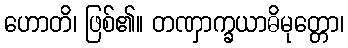
ဟောတိ၊ ဖြစ်၏။ တဏှာက္ခယာဓိမုတ္တော၊